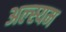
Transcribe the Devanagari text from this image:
अल्स्यम